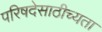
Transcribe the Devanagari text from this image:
परिषदेसाठीच्यता